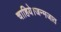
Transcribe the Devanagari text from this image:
चाहिये।जन्मजात